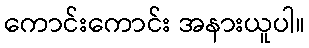
ကောင်းကောင်း အနားယူပါ။